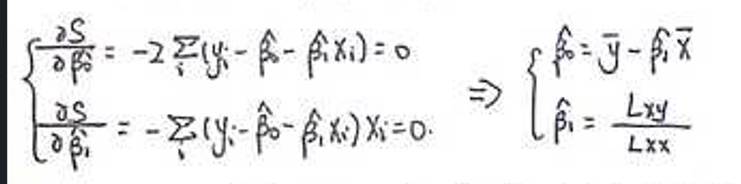
\[
\begin{cases}
\frac{\partial S}{\partial \hat{\beta}_0} = -2\sum_{i}(y_i - \hat{\beta}_0 - \hat{\beta}_1x_i) = 0 \\
\frac{\partial S}{\partial \hat{\beta}_1} = -2\sum_{i}(y_i - \hat{\beta}_0 - \hat{\beta}_1x_i)x_i = 0
\end{cases}
\Rightarrow
\begin{cases}
\hat{\beta}_0 = \bar{y} - \hat{\beta}_1\bar{x} \\
\hat{\beta}_1 = \frac{L_{xy}}{L_{xx}}
\end{cases}
\]